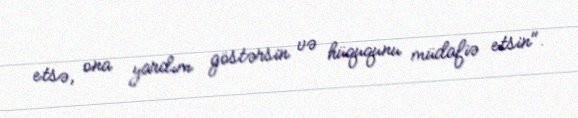
etsə, ona yardım göstərsin və hüququnu müdafiə etsin".